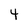
Character: 4